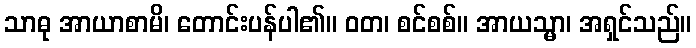
သာဓု အာယာစာမိ၊ တောင်းပန်ပါ၏။ ဝတ၊ စင်စစ်။ အာယသ္မာ၊ အရှင်သည်။